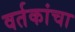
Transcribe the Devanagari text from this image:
वर्तकांचा